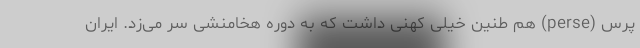
پرس (perse) هم طنین خیلی کهنی داشت که به دورهٔ هخامنشی سر می‌زد. ایران